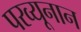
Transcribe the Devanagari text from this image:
परव्यूनान